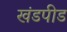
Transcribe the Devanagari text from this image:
खंडपीड